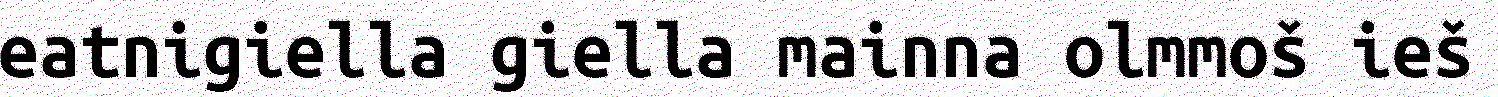
eatnigiella giella mainna olmmoš ieš